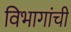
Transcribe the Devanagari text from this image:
विभागांंची